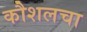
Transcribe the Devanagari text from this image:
कौशलचा